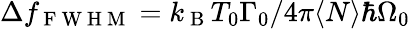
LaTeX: \Delta f_{\mathrm{~F~W~H~M~}}={k_{\mathrm{~B~}}T_{0}\Gamma_{0}}/{4\pi\langle N\rangle\hbar\Omega_{0}}